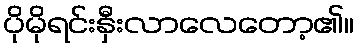
ပိုမိုရင်းနှီးလာလေတော့၏။